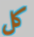
كل